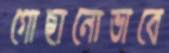
গোছানোভাবে